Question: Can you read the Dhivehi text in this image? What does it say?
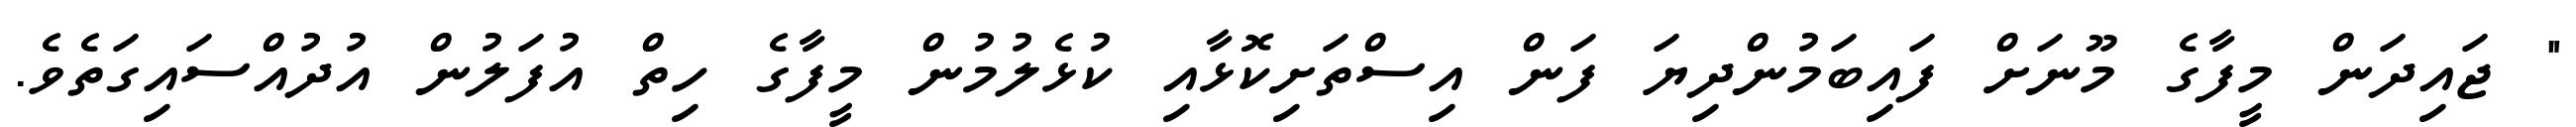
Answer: " ޖައިދަން މީފާގެ މޫނަށް ފައިބަމުންދިޔަ ފަން އިސްތަށިކޮޅާއި ކުޅެލުމުން މީފާގެ ހިތް އުފަލުން އުދުއްސައިގަތެވެ.